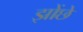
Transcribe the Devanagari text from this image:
झोंछे